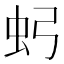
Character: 𮓶